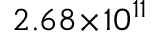
2 . 6 8 \! \times \! 1 0 ^ { 1 1 }